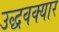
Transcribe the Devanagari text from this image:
उद्धवक्यार